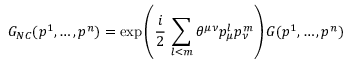
G _ { N C } ( p ^ { 1 } , \dots , p ^ { n } ) = \exp \left( \frac { i } { 2 } \, \sum _ { l < m } \theta ^ { \mu \nu } p _ { \mu } ^ { l } p _ { \nu } ^ { m } \right) G ( p ^ { 1 } , \dots , p ^ { n } )